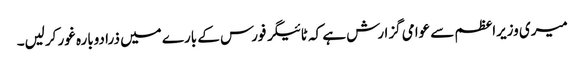
میری وزیراعظم سے عوامی گزارش ہے کہ ٹائیگر فورس کے بارے میں ذرا دوبارہ غور کرلیں۔